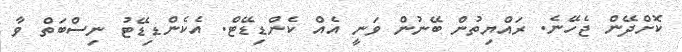
ކޮށްދޭން ޖެހޭނެ. ރައްޔިތުން ބޭނުން ވަނީ އެއް ކެންޑިޑޭޓް. އެކެންޑިޑޭޓު ނިސްބަތް ވާ